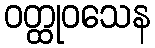
ဝတ္ထုဝသေန